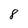
Character: 8